Document type: Sale
Year: 1209
Scribe: Arnau de Torre
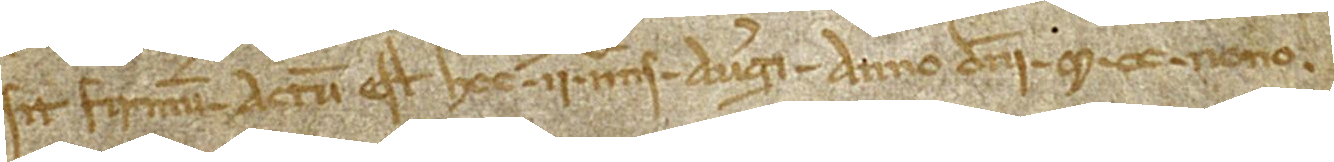
sit firmum. Actum est hoc II nonas augusti, anno Domini M CC nono.